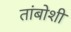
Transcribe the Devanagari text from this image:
तांबोशी